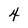
Character: 4